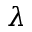
\lambda